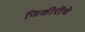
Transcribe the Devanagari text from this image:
जिकीरीचे